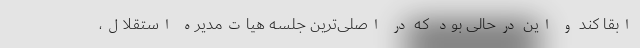
ابقا کند و این درحالی بود که در اصلی‌ترین جلسه هیات‌مدیره استقلال،